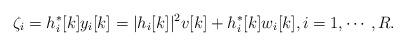
LaTeX: \begin{align*}\zeta_i= h_i^*[k]y_i[k]=|h_i[k]|^2 v[k]+h_i^*[k]w_i[k], i=1,\cdots,R.\end{align*}